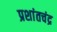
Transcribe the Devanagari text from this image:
प्रशांतचंद्र